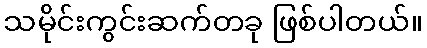
သမိုင်းကွင်းဆက်တခု ဖြစ်ပါတယ်။